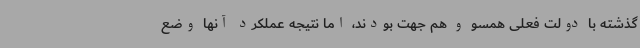
گذشته با دولت فعلی همسو و هم جهت بودند، اما نتیجه عملکرد آنها وضع